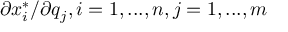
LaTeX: \partial x _ { i } ^ { * } / \partial q _ { j } , i = 1 , . . . , n , j = 1 , . . . , m